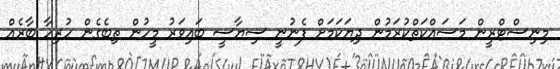
މިނިސްޓްރީން މަސައްކަތްކުރަމުން ދިޔަކަމަށް ފެނުނީ ސިޔާސީ ބައިވަރު މީހުން ތިބެގެން ހުރިހާ ބާރެއް